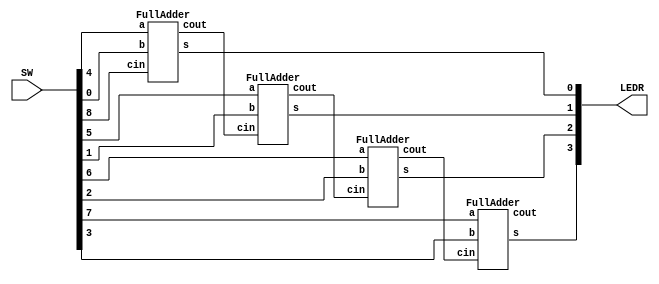
`timescale 1ns/1ns

module RippleCarryAdder4b ( SW , LEDR );

 input [8:0] SW;
 output [9:0] LEDR;
 wire w0, w1, w2;

 FullAdder U1 ( .a(SW[4]), .b(SW[0]), .cin(SW[8]), .s(LEDR[0]), .cout(w0) );
 FullAdder U2 ( .a(SW[5]), .b(SW[1]), .cin(w0), .s(LEDR[1]), .cout(w1) );
 FullAdder U3 ( .a(SW[6]), .b(SW[2]), .cin(w1), .s(LEDR[2]), .cout(w2) );
 FullAdder U4 ( .a(SW[7]), .b(SW[3]), .cin(w2), .s(LEDR[3]), .cout(LEDR[9]) );

endmodule




module FullAdder ( input a, b, cin, output s, cout );

 assign s = a ^ b ^ cin;
 assign cout = (a&b) + (b&cin) + (a&cin);

endmodule